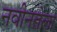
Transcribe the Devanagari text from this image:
नवीनतेला